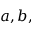
a , b ,